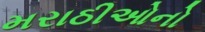
મરાઠીઓનો